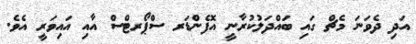
އަދި ދެވަނަ މެޗް ގައި ބައްދަލުކުރާނީ އޮފެންޑަރ ސްޕޯރޓްސް އާއި އައިވަރީ އެވެ.